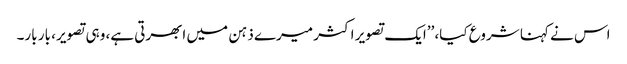
اس نے کہنا شروع کیا، ’’ایک تصویر اکثر میرے ذہن میں ابھرتی ہے، وہی تصویر، بار بار۔